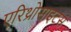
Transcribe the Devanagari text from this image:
एरिथ्रोसाइटस